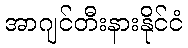
အာဂျင်တီးနားနိုင်ငံ